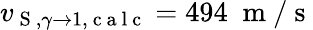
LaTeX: v_{\mathrm{~S~},\gamma\to 1,\mathrm{~c~a~l~c~}}=494\; \mathrm{~m~}/\mathrm{~s~}